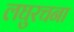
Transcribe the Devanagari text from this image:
लघुरचना